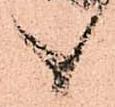
候